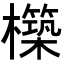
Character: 𭬬